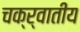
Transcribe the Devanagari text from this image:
चक्र्वातीय